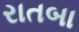
રાતબા